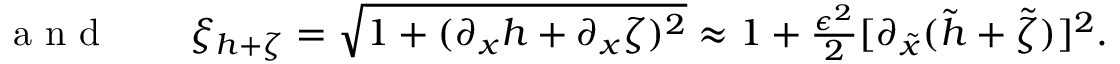
\begin{array} { r l } { \mathrm { ~ a ~ n ~ d ~ } \quad } & { { } \xi _ { h + \zeta } = \sqrt { 1 + ( \partial _ { x } h + \partial _ { x } \zeta ) ^ { 2 } } \approx 1 + \frac { \epsilon ^ { 2 } } { 2 } [ \partial _ { \tilde { x } } ( \tilde { h } + \tilde { \zeta } ) ] ^ { 2 } . } \end{array}